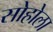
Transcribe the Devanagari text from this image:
सोहोला